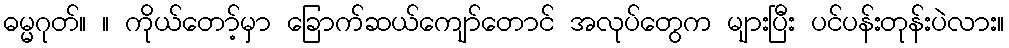
ဓမ္မဂုတ်။ ။ ကိုယ်တော့်မှာ ခြောက်ဆယ်ကျော်တောင် အလုပ်တွေက များပြီး ပင်ပန်းတုန်းပဲလား။